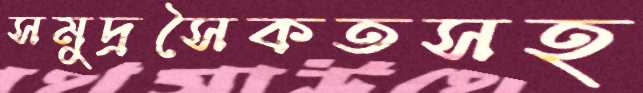
সমুদ্রসৈকতসহ